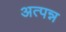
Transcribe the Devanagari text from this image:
अत्पन्न